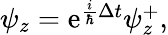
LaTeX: \begin{array}{r}{\psi_{z}=\mathrm{e}^{\frac{i}{\hbar}\Delta t}\psi_{z}^{+},}\end{array}